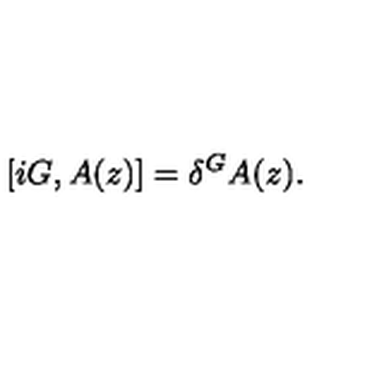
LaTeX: \left[ i G , A ( z ) \right] = \delta ^ { G } A ( z ) .